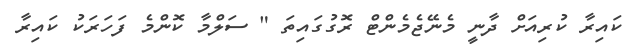
ކައިރާ ކުރިއަށް ދާނީ މެނޭޖެމެންޓް ރޮގުގައިތަ " ސަލްމާ ކޮންމެ ފަހަރަކު ކައިރާ